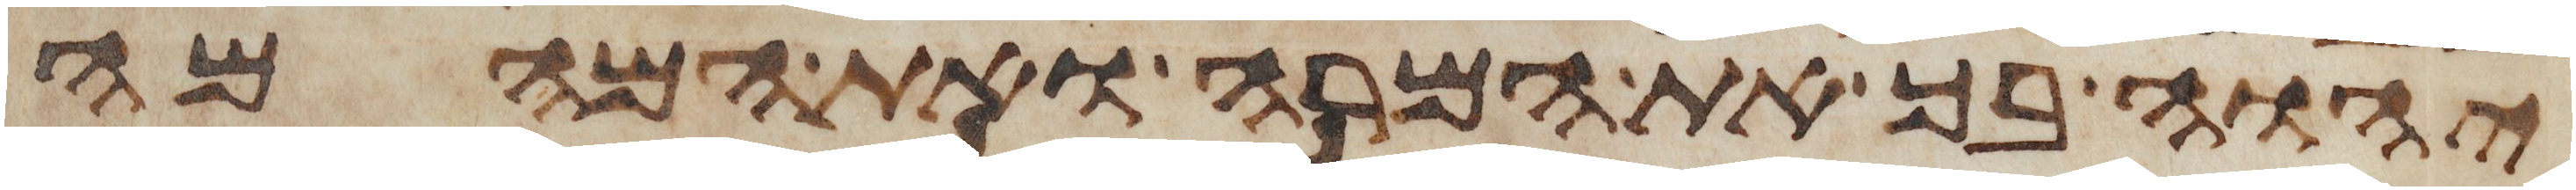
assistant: יהוה בך את המרה ואת המהמה